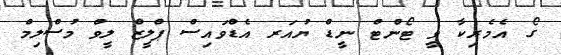
ގޯ އެމެރިކާ ވީ ޓޯންޓް ނީޑް ޔުއަރ އެޑްވައިސް ޕްލީޒް ލީވް މުސްލިމް